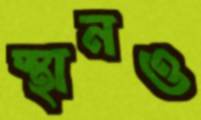
স্থানও